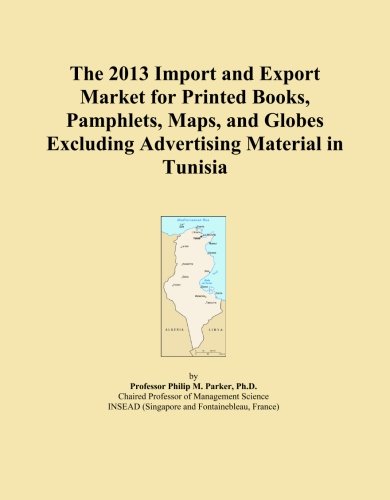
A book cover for The 2013 Import and Export Market for Printed Books, Pamphlets, Maps, and Globes Excluding Advertising Material in Tunisia; Icon Group International; Travel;